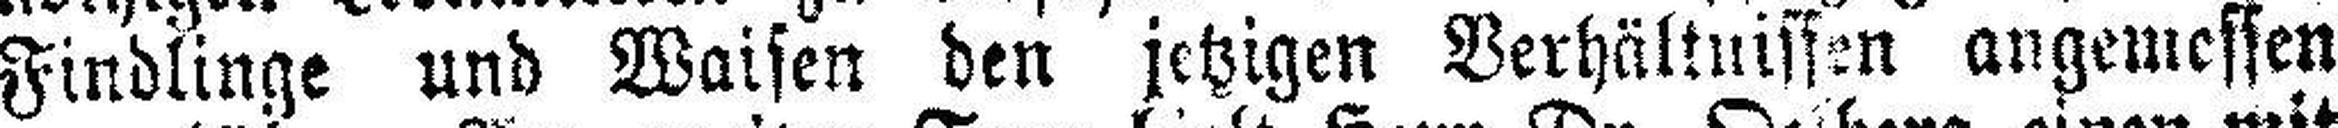
Findlinge und Waisen den jetzigen Verhältnissen angemessen